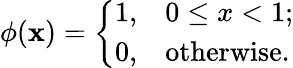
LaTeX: \phi(\mathbf{x})=\left\{ \begin{array}{ll}{1,}&{0\leq x<1;}\\ {0,}&{\mathrm{otherwise.}}\end{array}\right.